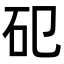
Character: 𥐗